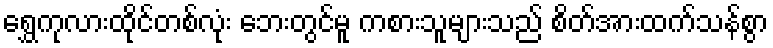
ရွှေကုလားထိုင်တစ်လုံး ဘေးတွင်မူ ကစားသူများသည် စိတ်အားထက်သန်စွာ